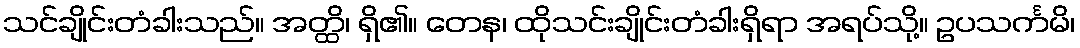
သင်ချိုင်းတံခါးသည်။ အတ္ထိ၊ ရှိ၏။ တေန၊ ထိုသင်းချိုင်းတံခါးရှိရာ အရပ်သို့။ ဥပသင်္ကမိ၊